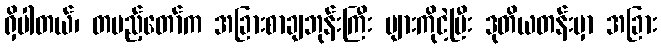
ရှိပါတယ်၊ တပည့်တော်က အခြားစာချဘုန်းကြီး များကိုငဲ့ပြီး ဒုတိယတန်းမှာ အခြား